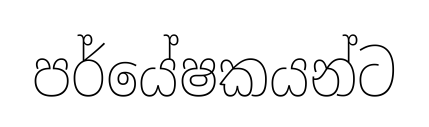
පර්යේෂකයන්ට